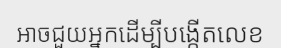
អាចជួយអ្នកដើម្បីបង្កើតលេខ